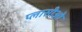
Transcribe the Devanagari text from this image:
प्लासीओ